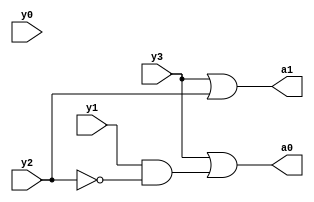
`timescale 1ns / 1ps
//////////////////////////////////////////////////////////////////////////////////
// Company: 
// Engineer: 
// 
// Design Name: 
// Module Name:    encoder 
// Project Name: 
// Target Devices: 
// Tool versions: 
// Description: 
//
// Dependencies: 
//
// Revision: 
// Revision 0.01 - File Created
// Additional Comments: 
//
//////////////////////////////////////////////////////////////////////////////////
module encoder(y3,y2,y1,y0,a1,a0);
    input y3;
    input y2;
    input y1;
    input y0;
    output a1;
    output a0;
   
	 assign a0=y3|(y1&~y2);
 assign a1=y3|y2;

endmodule